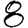
Digit: 8